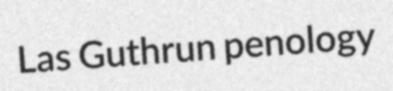
Las Guthrun penology